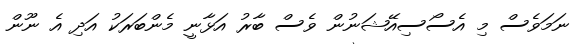
ނަމަވެސް މި އެސޯސިއޭޝަނުން ވެސް ބާރު އަޅާނީ މެންބަރަކު އަދި އެ ނޫން